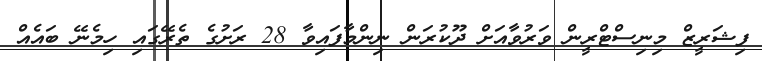
ފިޝަރީޒް މިނިސްޓްރީން ވަރުވާއަށް ދޫކުރަން ނިންމާފައިވާ 28 ރަށުގެ ތެރޭގައި ހިމެނޭ ބައެއް